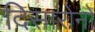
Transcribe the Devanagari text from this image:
दिसारोनो